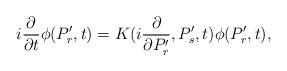
LaTeX: \begin{align*}i{\partial \over \partial t}\phi(P'_r,t) =K(i{\partial \over \partial P'_r}, P'_s,t)\phi(P'_r,t),\end{align*}